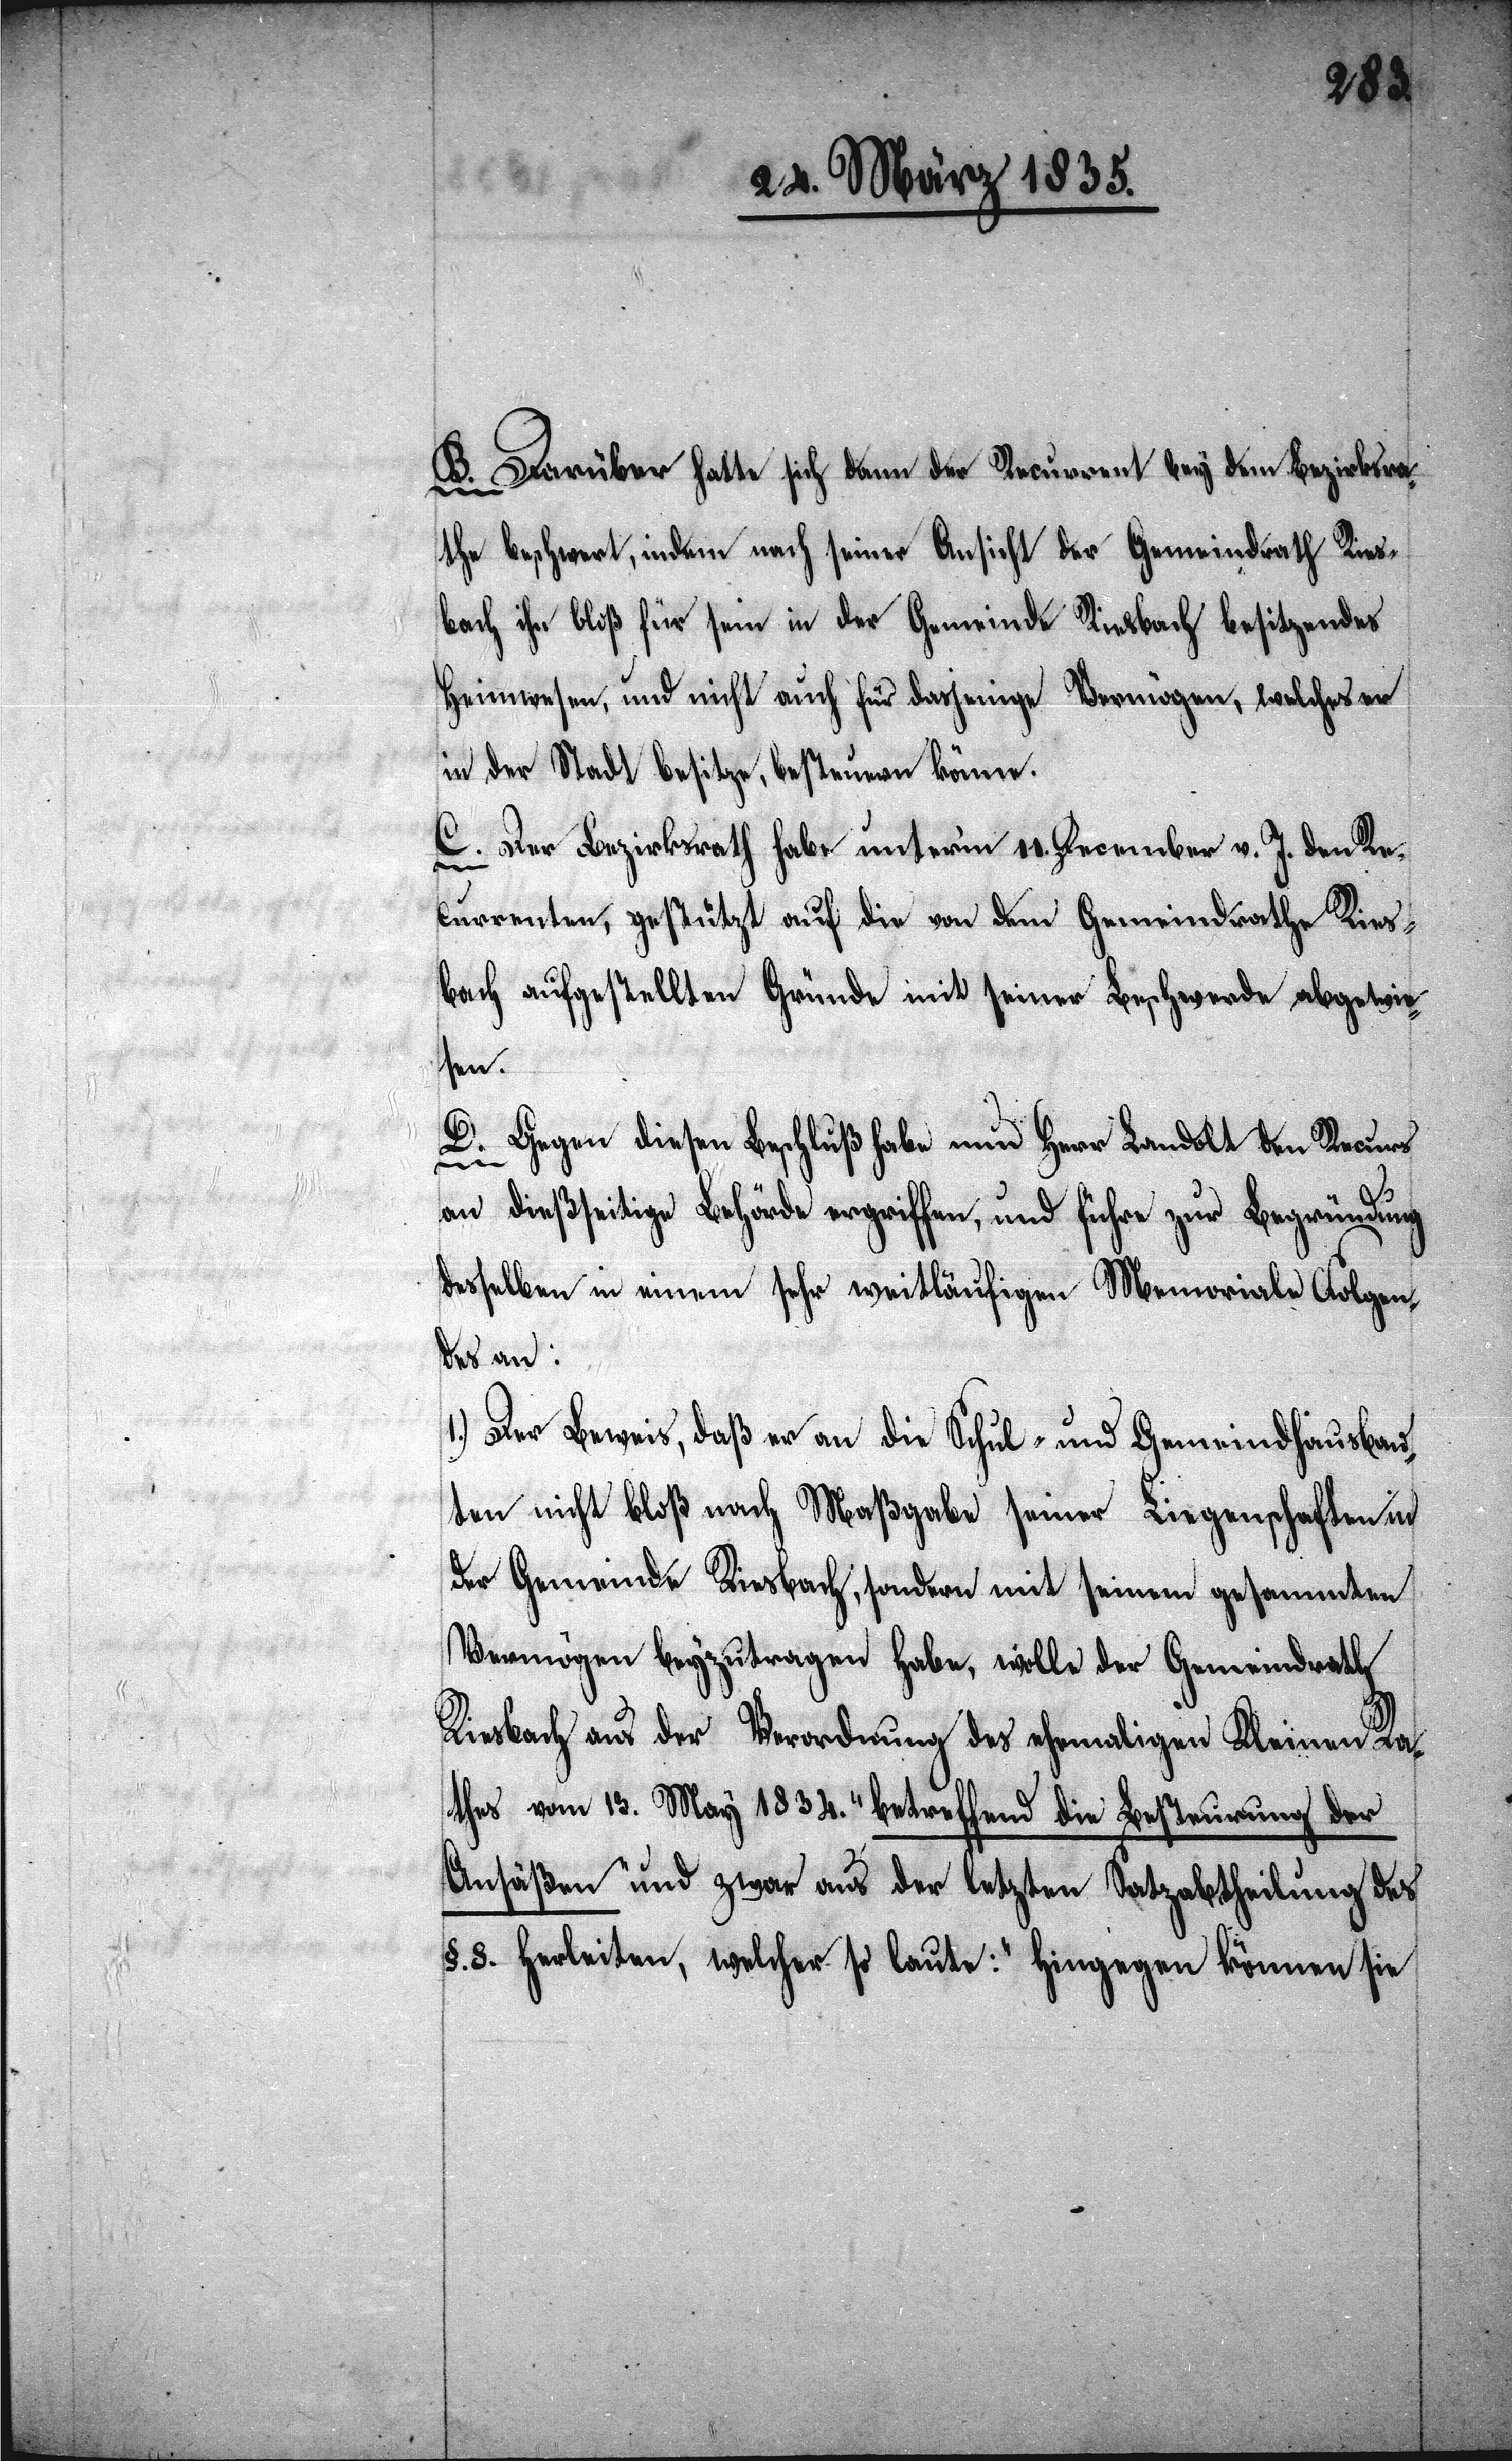
B. Darüber hatte sich dann der Recurrent bey dem Bezirksra¬
the beschwert, indem nach seiner Ansicht der Gemeindrath Ries¬
bach ihn bloß für sein in der Gemeinde Riesbach besitzendes
Heimwesen, und nicht auch für dasjenige Vermögen, welches er
in der Stadt besitze, besteuern könne.
C. Der Bezirksrath habe unterm 11. December v. J. den Re¬
currenten, gestützt auf die von dem Gemeindrathe Ries¬
bach aufgestellten Gründe mit seiner Beschwerde abgewie¬
sen.
D. Gegen diesen Beschluß habe nun Herr Landolt den Recurs
an dießseitige Behörde ergriffen, und führe zur Begründung
desselben in einem sehr weitläufigen Memorial Folgen¬
des an:
1.) Der Beweis, daß er an die Schul- und Gemeindhausbau¬
ten nicht bloß nach Maßgabe seiner Liegenschaften in
der Gemeinde Riesbach, sondern mit seinem gesammten
Vermögen beyzutragen habe, wolle der Gemeindrath
Riesbach aus der Verordnung des ehemaligen Kleinen Ra¬
thes vom 13. März 1834. „betreffend die Besteuerung der
Ansäßen“ und zwar aus der letzten Satzabtheilung des
§. 8. herleiten, welcher so laute: „hingegen können sie